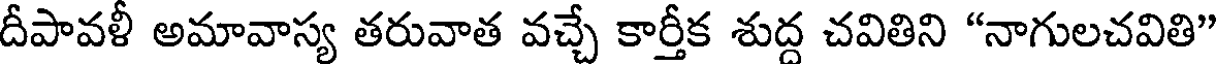
దీపావళీ అమావాస్య తరువాత వచ్చే కార్తీక శుద్ద చవితిని "నాగులచవితి"